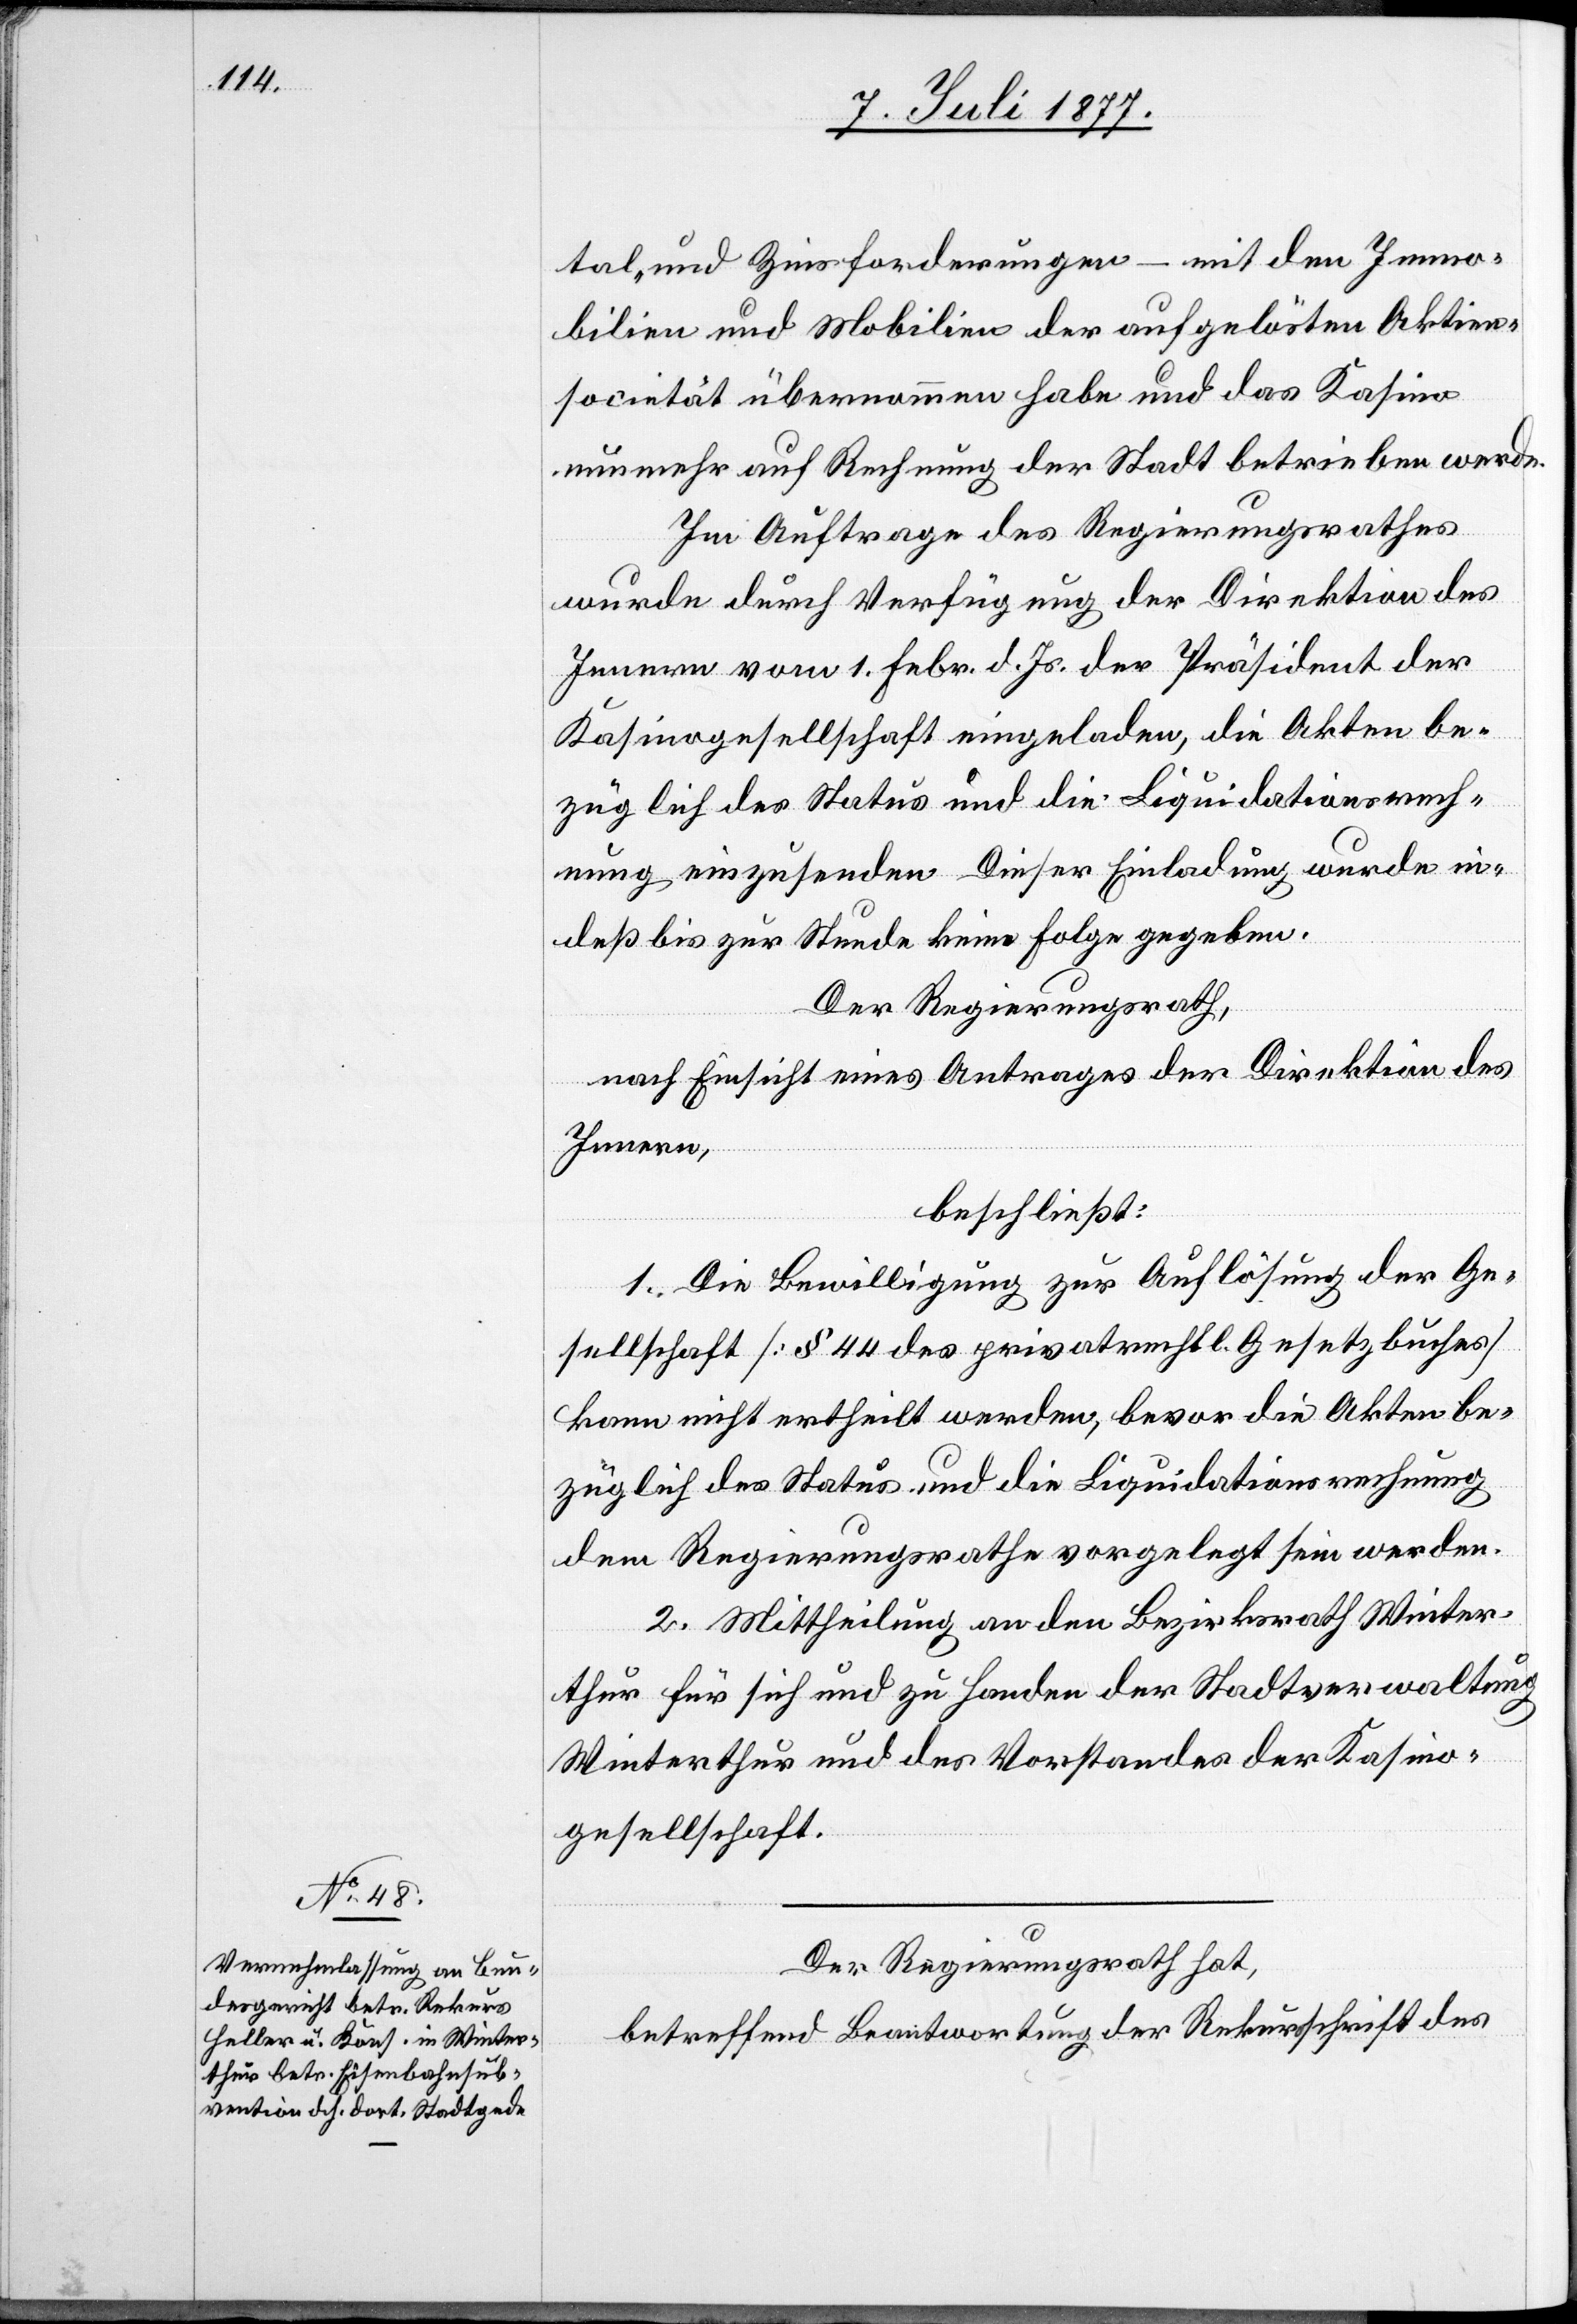
tal- und Zinsforderungen – mit den Immo¬
bilien und Mobilien der aufgelösten Aktien¬
societät übernommen habe und das Kasino
nunmehr auf Rechnung der Stadt betrieben werde.
Im Auftrage des Regierungsrathes
wurde durch Verfügung der Direktion des
Innern vom 1. Febr. d. Js. der Präsident der
Kasinogesellschaft eingeladen, die Akten be¬
züglich des Status und die Liquidationsrech¬
nung einzusenden. Dieser Einladung wurde in¬
deß bis zur Stunde keine Folge gegeben.
Der Regierungsrath,
nach Einsicht eines Antrages der Direktion des
Innern,
beschließt:
1. Die Bewilligung zur Auflösung der Ge¬
sellschaft [§ 44 des privatrechtl. Gesetzbuches]
kann nicht ertheilt werden, bevor die Akten be¬
züglich des Status und die Liquidationsrechnung
dem Regierungsrathe vorgelegt sein werden.
2. Mittheilung an den Bezirksrath Winter¬
thur für sich und zu Handen der Stadtverwaltung
Winterthur und des Vorstandes der Kasino¬
gesellschaft.
Der Regierungsrath hat,
betreffend Beantwortung der Rekursschrift des